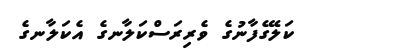
ކަލޭގެފާނުގެ ވެރިރަސްކަލާނގެ އެކަލާނގެ